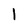
Character: I